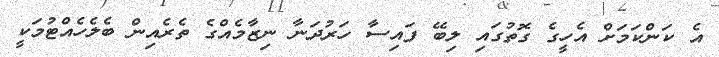
އެ ކަންކަމަށް އެހީގެ ގޮތުގައި ލިބޭ ފައިސާ ހަރުދަނާ ނިޒާމެއްގެ ތެރެއިން ބެލެހެއްޓުމަކީ